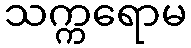
သက္ကရောမ